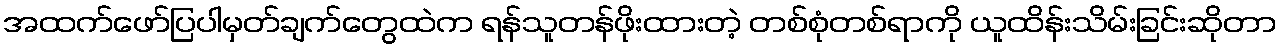
အထက်ဖော်ပြပါမှတ်ချက်တွေထဲက ရန်သူတန်ဖိုးထားတဲ့ တစ်စုံတစ်ရာကို ယူထိန်းသိမ်းခြင်းဆိုတာ